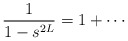
\begin{align*}\dfrac 1{1-s^{2L}}=1+\cdots \end{align*}